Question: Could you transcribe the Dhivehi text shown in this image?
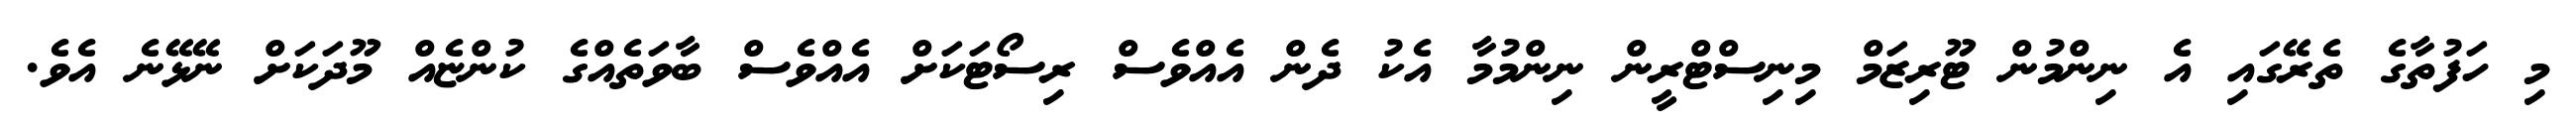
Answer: މި ހަފުތާގެ ތެރޭގައި އެ ނިންމުން ޓޫރިޒަމް މިނިސްޓްރީން ނިންމުމާ އެކު ދެން އެއްވެސް ރިސޯޓަކަށް އެއްވެސް ބާވަތެއްގެ ކުންޏެއް މޫދަކަށް ނޭޅޭނެ އެވެ.